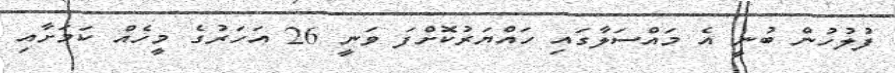
ފުލުހުން ބުނީ އެ މައްސަލާގައި ހައްޔަރުކޮށްފަ ވަނީ 26 އަހަރުގެ މީހެއް ކަމަށާއި